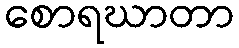
စောရဃာတာ